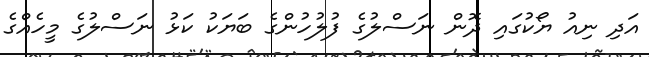
އަދި ނިއު ޔޯކުގައި ދޮން ނަސްލުގެ ފުލުހުންގެ ބަޔަކު ކަޅު ނަސްލުގެ މީހެއްގެ